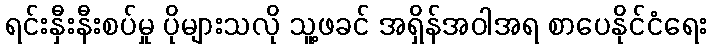
ရင်းနှီးနီးစပ်မှု ပိုများသလို သူ့ဖခင် အရှိန်အဝါအရ စာပေနိုင်ငံရေး